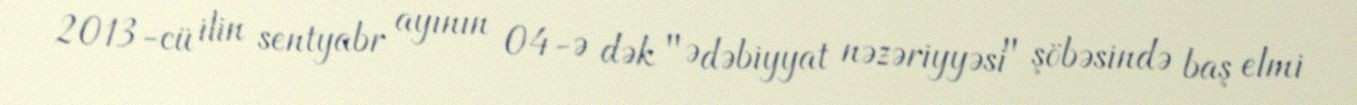
2013-cü ilin sentyabr ayının 04-ə dək "Ədəbiyyat nəzəriyyəsi" şöbəsində baş elmi